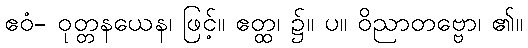
ဧဝံ- ဝုတ္တနယေန၊ ဖြင့်။ ဧတ္ထ၊ ၌။ ပ။ ဝိညာတဗ္ဗော၊ ၏။